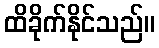
ထိခိုက်နိုင်သည်။